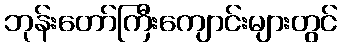
ဘုန်းတော်ကြီးကျောင်းများတွင်